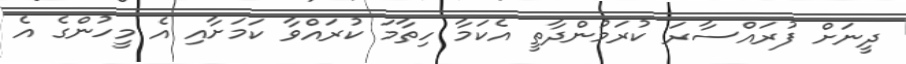
ދީނަށް ފުރައްސާރަ ކުރަމުންދާތީ އެކަމާ ހިތާމަ ކުރައްވާ ކަމަށާއި އެ މީހުންގެ އެ